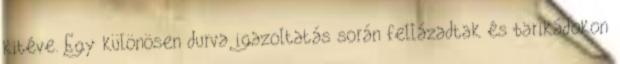
kitéve. Egy különösen durva igazoltatás során fellázadtak és barikádokon